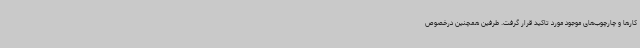
کارها و چارچوب‌های موجود مورد تاکید قرار گرفت. طرفین همچنین درخصوص